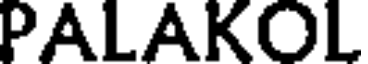
PALAKOL